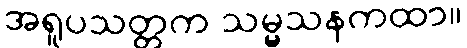
အရူပသတ္တက သမ္မသနကထာ။